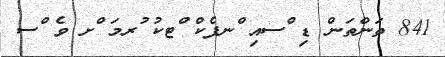
841 ތަންތަން ޑި ްސއި ްނފެކް ްޓކު ުރމަ ްށ ވެ ްސ